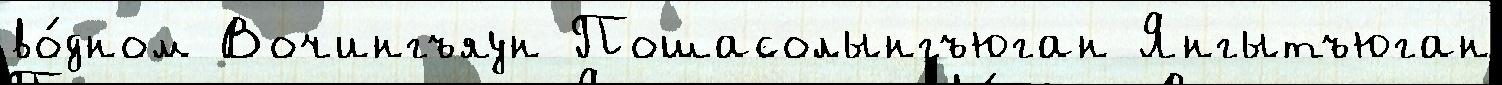
во́дном Вочингъяун Пошасолынгъюган Янгытъюган